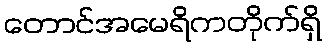
တောင်အမေရိကတိုက်ရှိ